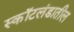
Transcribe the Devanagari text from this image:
स्कॉटलंडातील